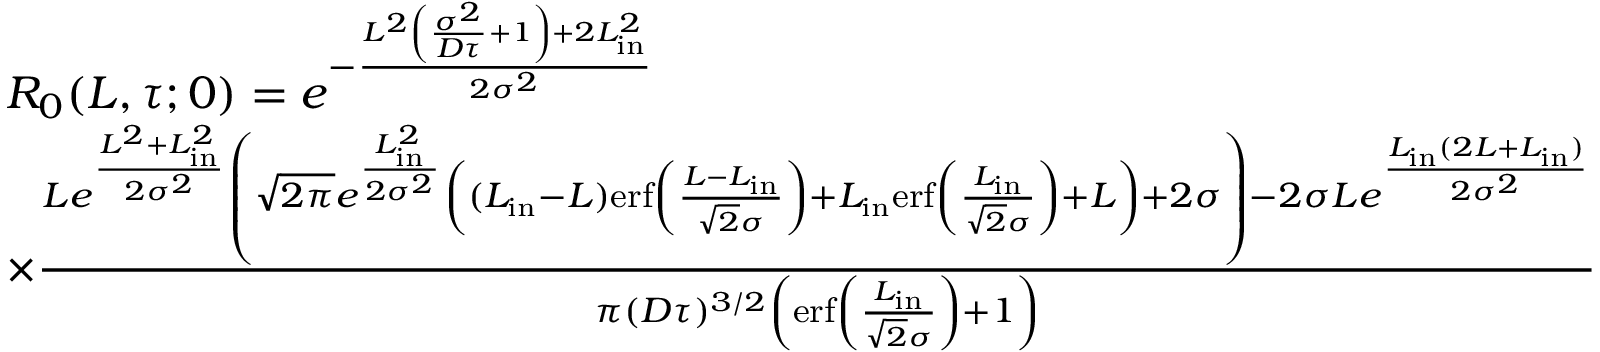
\begin{array} { r l } & { R _ { 0 } ( L , \tau ; 0 ) = e ^ { - \frac { L ^ { 2 } \left( \frac { \sigma ^ { 2 } } { D \tau } + 1 \right) + 2 L _ { \mathrm { i n } } ^ { 2 } } { 2 \sigma ^ { 2 } } } } \\ & { \times \frac { L e ^ { \frac { L ^ { 2 } + L _ { \mathrm { i n } } ^ { 2 } } { 2 \sigma ^ { 2 } } } \left( \sqrt { 2 \pi } e ^ { \frac { L _ { \mathrm { i n } } ^ { 2 } } { 2 \sigma ^ { 2 } } } \left( ( L _ { \mathrm { i n } } - L ) \mathrm { e r f } \left( \frac { L - L _ { \mathrm { i n } } } { \sqrt { 2 } \sigma } \right) + L _ { \mathrm { i n } } \mathrm { e r f } \left( \frac { L _ { \mathrm { i n } } } { \sqrt { 2 } \sigma } \right) + L \right) + 2 \sigma \right) - 2 \sigma L e ^ { \frac { L _ { \mathrm { i n } } ( 2 L + L _ { \mathrm { i n } } ) } { 2 \sigma ^ { 2 } } } } { \pi ( D \tau ) ^ { 3 / 2 } \left( \mathrm { e r f } \left( \frac { L _ { \mathrm { i n } } } { \sqrt { 2 } \sigma } \right) + 1 \right) } } \end{array}